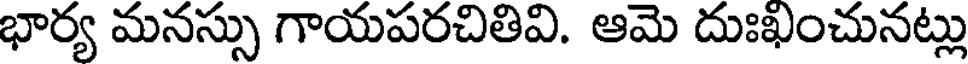
భార్య మనస్సు గాయపరచితివి. ఆమె దుఃఖించునట్లు